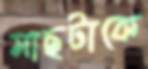
মাছটাকে